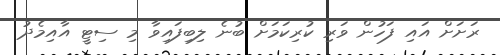
ރަށަށް އައި ފަހުން ވަރި ކުރިކަމަށް ބުނެ ލިބިފައިވާ މި ސިޓީ އާއިމެދު